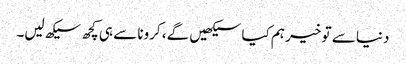
دنیا سے تو خیر ہم کیا سیکھیں گے، کرونا سے ہی کچھ سیکھ لیں۔